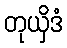
တုယှိဒံ